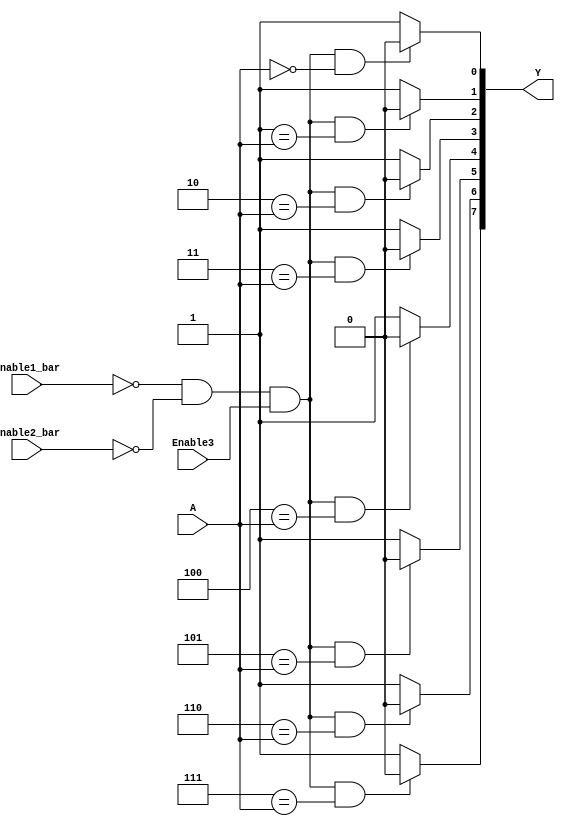
// 3-line to 8-line decoder/demultiplexer (inverted outputs)

module ttl_74138 #(parameter WIDTH_OUT = 8, WIDTH_IN = $clog2(WIDTH_OUT),
                   DELAY_RISE = 0, DELAY_FALL = 0)
(
  input Enable1_bar,
  input Enable2_bar,
  input Enable3,
  input [WIDTH_IN-1:0] A,
  output [WIDTH_OUT-1:0] Y
);

//------------------------------------------------//
reg [WIDTH_OUT-1:0] computed;
integer i;

always @(*)
begin
  for (i = 0; i < WIDTH_OUT; i++)
  begin
    if (!Enable1_bar && !Enable2_bar && Enable3 && i == A)
      computed[i] = 1'b0;
    else
      computed[i] = 1'b1;
  end
end
//------------------------------------------------//

assign #(DELAY_RISE, DELAY_FALL) Y = computed;

endmodule